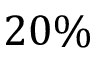
2 0 \%